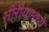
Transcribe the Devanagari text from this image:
सीरीयामध्ये